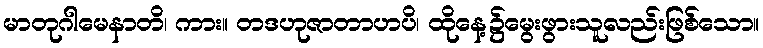
မာတုဂါမေနာတိ၊ ကား။ တဒဟုဇာတာဟပိ၊ ထိုနေ့၌မွေးဖွားသူလည်းဖြစ်သော။